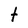
Character: t